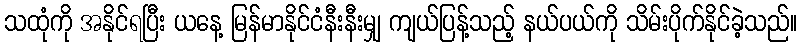
သထုံကို အနိုင်ရပြီး ယနေ့ မြန်မာနိုင်ငံနီးနီးမျှ ကျယ်ပြန့်သည့် နယ်ပယ်ကို သိမ်းပိုက်နိုင်ခဲ့သည်။